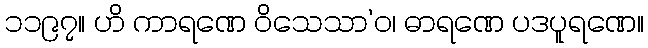
၁၁၉၇။ ဟိ ကာရဏေ ဝိသေသာ’ဝ၊ ဓာရဏေ ပဒပူရဏေ။